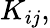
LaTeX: K_{ij},